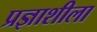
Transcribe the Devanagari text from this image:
प्रज्ञाशीला